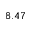
8 . 4 7